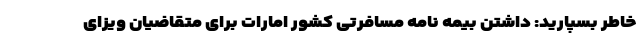
خاطر بسپارید: داشتن بیمه نامه مسافرتی کشور امارات برای متقاضیان ویزای